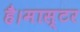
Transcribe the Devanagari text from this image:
है।मास्‍टर